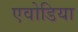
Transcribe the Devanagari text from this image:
एवोडिया